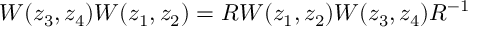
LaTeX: W ( z _ { 3 } , z _ { 4 } ) W ( z _ { 1 } , z _ { 2 } ) = R W ( z _ { 1 } , z _ { 2 } ) W ( z _ { 3 } , z _ { 4 } ) R ^ { - 1 }